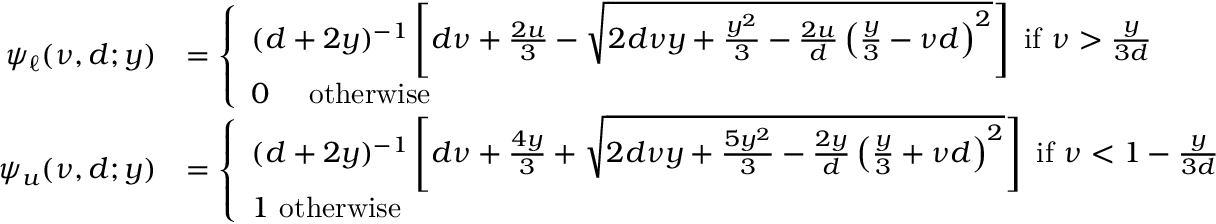
\begin{array} { r l } { { \psi _ { \ell } } ( \nu , d ; y ) } & { = \left\{ \begin{array} { l } { ( d + 2 y ) ^ { - 1 } \left[ d \nu + \frac { 2 u } { 3 } - \sqrt { 2 d \nu y + \frac { y ^ { 2 } } { 3 } - \frac { 2 u } { d } \left( \frac { y } { 3 } - \nu d \right) ^ { 2 } } \right] \mathrm { ~ i f ~ } \nu > \frac { y } { 3 d } } \\ { 0 \quad \mathrm { ~ o t h e r w i s e ~ } } \end{array} \right. } \\ { { \psi _ { u } } ( \nu , d ; y ) } & { = \left\{ \begin{array} { l } { ( d + 2 y ) ^ { - 1 } \left[ d \nu + \frac { 4 y } { 3 } + \sqrt { 2 d \nu y + \frac { 5 y ^ { 2 } } { 3 } - \frac { 2 y } { d } \left( \frac { y } { 3 } + \nu d \right) ^ { 2 } } \right] \mathrm { ~ i f ~ } \nu < 1 - \frac { y } { 3 d } } \\ { 1 \mathrm { ~ o t h e r w i s e ~ } } \end{array} \right. } \end{array}